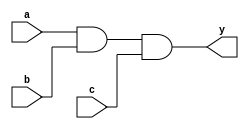
`timescale 1ns / 1ps

module and3(input a, b, c,
output reg y);
reg tmp;
always @(a,b,c)
begin
tmp = a & b;
y = tmp & c;
end
endmodule